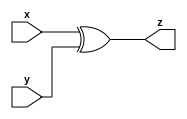
module xor_gate_n (x, y, z);
  // synopsys template
  parameter integer n = 32;
  input [n-1:0] x;
  input [n-1:0] y;
  output [n-1:0] z;

  assign z = (x^y) ;


endmodule